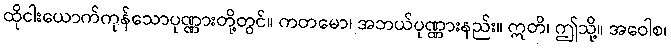
ထိုငါးယောက်ကုန်သောပုဏ္ဏားတို့တွင်။ ကတမော၊ အဘယ်ပုဏ္ဏားနည်း။ ဣတိ၊ ဤသို့။ အဝေါစ၊